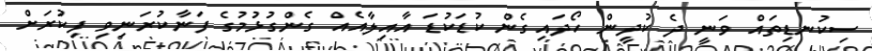
ސިކުނޑިތައް ވަނީ ދެ ކުދީން ހޯދައިގެން ކުޑަކުޑަ އާއިލާއެއް ގެންގުޅުމުގެ ފަނާކުރަނިވި ފިކުރަށް